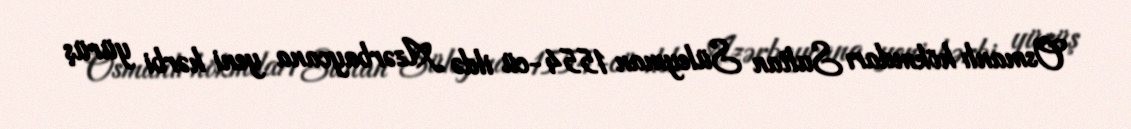
Osmanlı hökmdarı Sultan Süleyman 1554-cü ildə Azərbaycana yeni hərbi yürüş